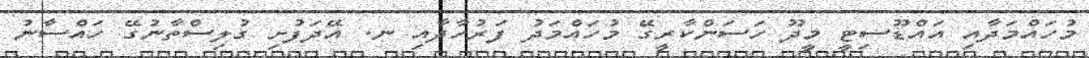
މުހައްމަދާއި އައްޑޫސިޓީ މީދޫ ހަސަންކާރީގޭ މުހައްމަދު ފަރުހާދާއި ނ. އޭދަފުށި ގުލިސްތާނުގޭ ހައްސާނު